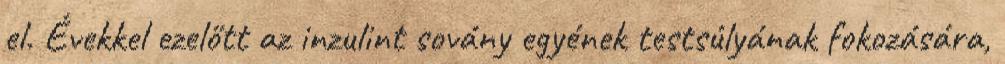
el. Évekkel ezelőtt az inzulint sovány egyének testsúlyának fokozására,